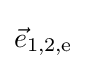
{\vec {e}}_{\text{1,2,e}}